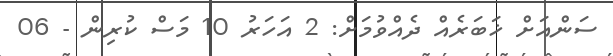
ސަންއަށް ޚަބަރެއް ދެއްވުމަށް: 2 އަހަރު 10 މަސް ކުރިން - 06